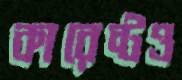
কারেন্টও